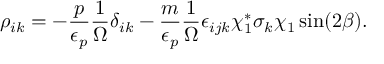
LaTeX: \rho _ { i k } = - \frac { p } { \epsilon _ { p } } \frac { 1 } { \Omega } \delta _ { i k } - \frac { m } { \epsilon _ { p } } \frac { 1 } { \Omega } \epsilon _ { i j k } \chi _ { 1 } ^ { * } \sigma _ { k } \chi _ { 1 } \sin ( 2 \beta ) .